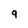
Character: q